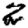
Digit: 2